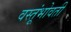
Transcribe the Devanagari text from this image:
वस्तूंभोवती